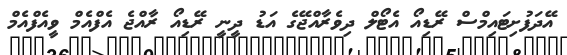
އޭދަފުށިޓައިމްސް ރޭޑިއޯ އެޓޯލް ދިވެރާއްޖޭގެ އަޑު ދީނީ ރޭޑިއޯ ރާއްޖެ އެފްއެމް ވީއެފްއެމް